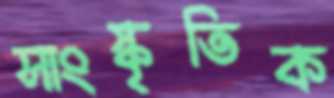
সাংস্কৃতিক